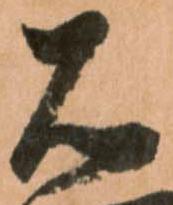
石